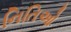
નિતિઓ